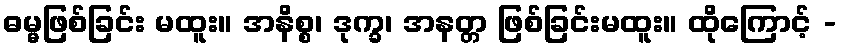
ဓမ္မဖြစ်ခြင်း မထူး။ အနိစ္စ၊ ဒုက္ခ၊ အနတ္တ ဖြစ်ခြင်းမထူး။ ထိုကြောင့် -